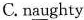
C. n\underline{au}ghty